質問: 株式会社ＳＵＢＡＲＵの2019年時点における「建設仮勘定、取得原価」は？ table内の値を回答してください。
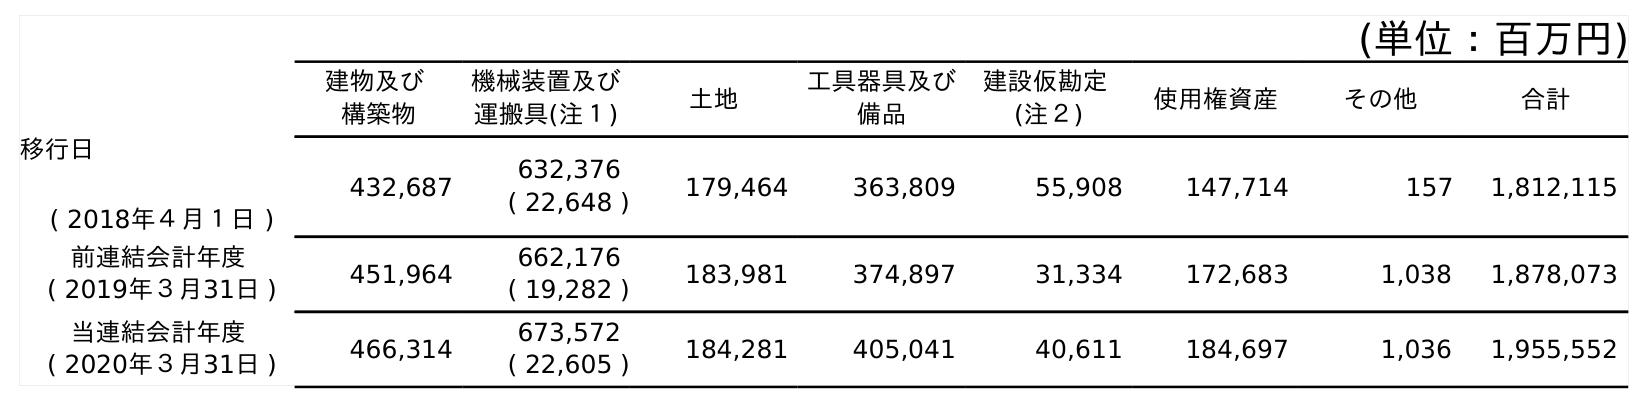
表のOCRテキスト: (単位：百万円) 建物及び 構築物 機械装置及び 運搬具(注１) 土地 工具器具及び 備品 建設仮勘定 (注２) 使用権資産 その他 合計 移行日 ( 2018年４月１日 ) 432,687 632,376 ( 22,648 ) 179,464 363,809 55,908 147,714 157 1,812,115 前連結会計年度 ( 2019年３月31日 ) 451,964 662,176 ( 19,282 ) 183,981 374,897 31,334 172,683 1,038 1,878,073 当連結会計年度 ( 2020年３月31日 ) 466,314 673,572 ( 22,605 ) 184,281 405,041 40,611 184,697 1,036 1,955,552
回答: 31,334